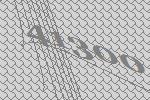
41300